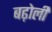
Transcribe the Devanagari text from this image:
बढ़ोली